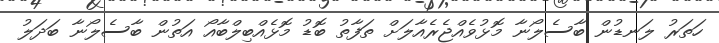
ހަތަރު ލަނޑުން ބާސެލޯނާ މޮޅުވެއްޖެރެއާލަށް ތަފާތު ބޮޑު މޮޅެއްބިލްބާއޯ އަތުން ބާސެލޯނާ ބަދަލު